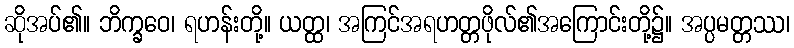
ဆိုအပ်၏။ ဘိက္ခဝေ၊ ရဟန်းတို့။ ယတ္ထ၊ အကြင်အရဟတ္တဖိုလ်၏အကြောင်းတို့၌။ အပ္ပမတ္တဿ၊